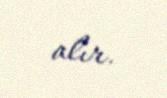
alır.